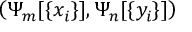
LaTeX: \left( \Psi _ { m } [ \{ x _ { i } \} ] , \Psi _ { n } [ \{ y _ { i } \} ] \right) ~ ~ ~ ~ ~ ~ ~ ~ ~ ~ ~ ~ ~ ~ ~ ~ ~ ~ ~ ~ ~ ~ ~ ~ ~ ~ ~ ~ ~ ~ ~ ~ ~ ~ ~ ~ ~ ~ ~ ~ ~ ~ ~ ~ ~ ~ ~ ~ ~ ~ ~ ~ ~ ~ ~ ~ ~ ~ ~ ~ ~ ~ ~ ~ ~ ~ ~ ~ ~ ~ ~ ~ ~ ~ ~ ~ ~ ~ ~ ~ ~ ~ ~ ~ ~ ~ ~ ~ ~ ~ ~ ~ ~ ~